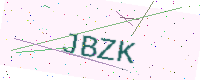
Text: JBZK